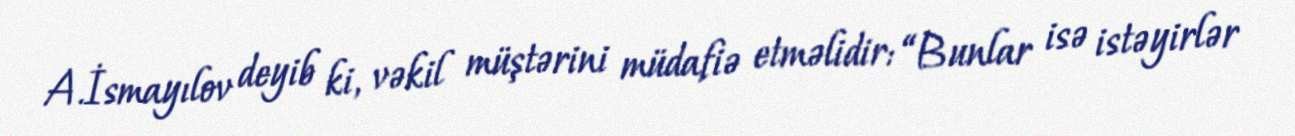
A.İsmayılov deyib ki, vəkil müştərini müdafiə etməlidir: “Bunlar isə istəyirlər